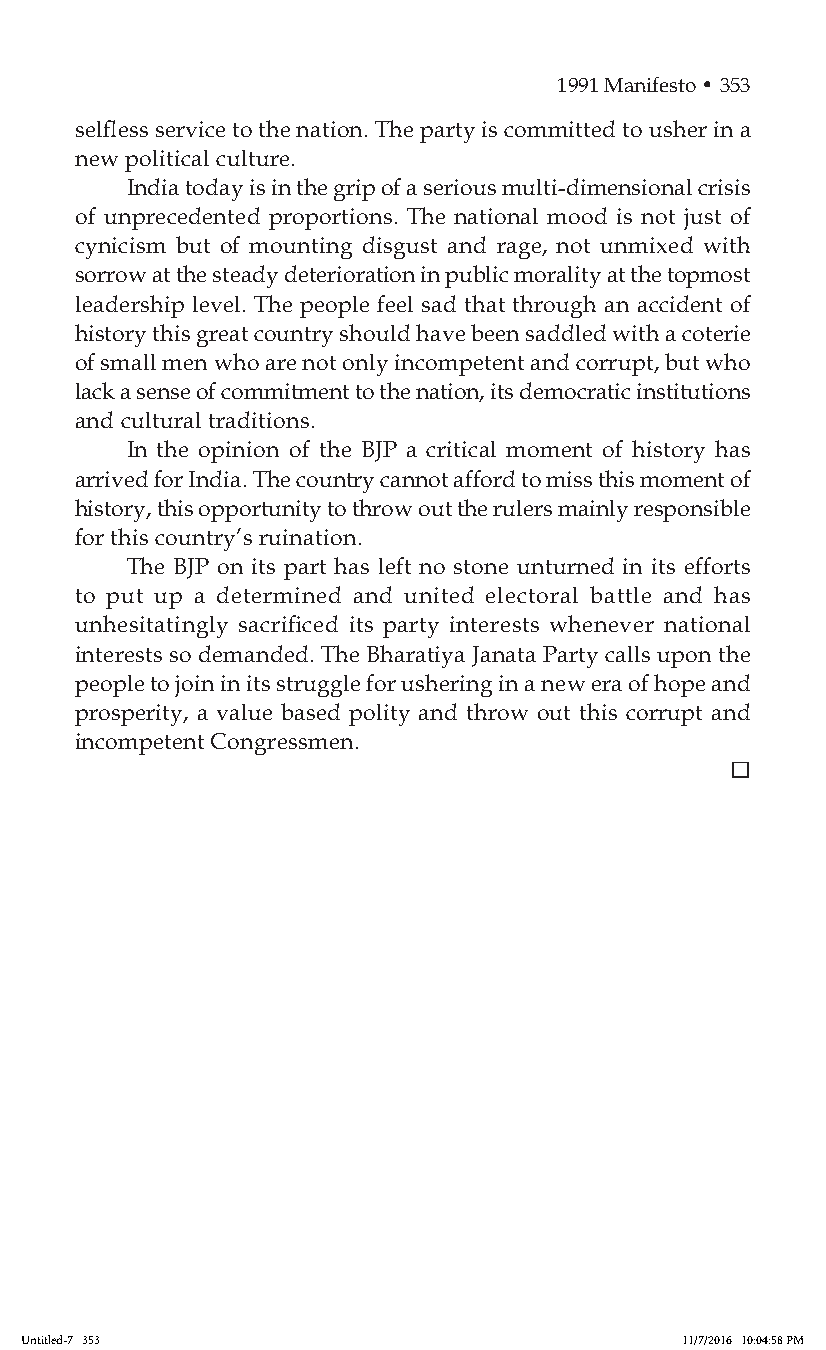
1991 Manifesto • 353
 selfless service to the nation. The party is committed to usher in a
 new political culture.
 India today is in the grip of a serious multi-dimensional crisis
 of unprecedented proportions. The national mood is not just of
 cynicism but of mounting disgust and rage, not unmixed with
 sorrow at the steady deterioration in public morality at the topmost
 leadership level. The people feel sad that through an accident of
 history this great country should have been saddled with a coterie
 of small men who are not only incompetent and corrupt, but who
 lack a sense of commitment to the nation, its democratic institutions
 and cultural traditions.
 In the opinion of the BJP a critical moment of history has
 arrived for India. The country cannot afford to miss this moment of
 history, this opportunity to throw out the rulers mainly responsible
 for this country’s ruination.
 The BJP on its part has left no stone unturned in its efforts
 to put up a determined and united electoral battle and has
 unhesitatingly sacrificed its party interests whenever national
 interests so demanded. The Bharatiya Janata Party calls upon the
 people to join in its struggle for ushering in a new era of hope and
 prosperity, a value based polity and throw out this corrupt and
 incompetent Congressmen.
 
 Untitled-7 353                              11/7/2016 10:04:58 PM